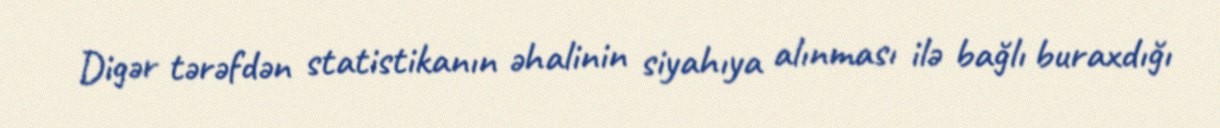
Digər tərəfdən statistikanın əhalinin siyahıya alınması ilə bağlı buraxdığı